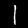
Label: 1